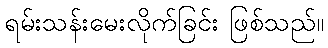
ရမ်းသန်းမေးလိုက်ခြင်း ဖြစ်သည်။